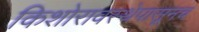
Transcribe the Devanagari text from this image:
किशोरावस्थेपासूनच